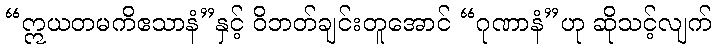
“ဣယတမကိဧသာနံ”နှင့် ဝိဘတ်ချင်းတူအောင် “ဂုဏာနံ”ဟု ဆိုသင့်လျက်